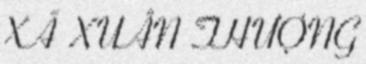
XÃ XUÂN THƯỢNG